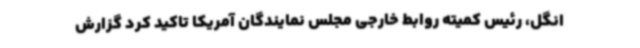
انگل، رئیس کمیته روابط خارجی مجلس نمایندگان آمریکا تاکید کرد گزارش